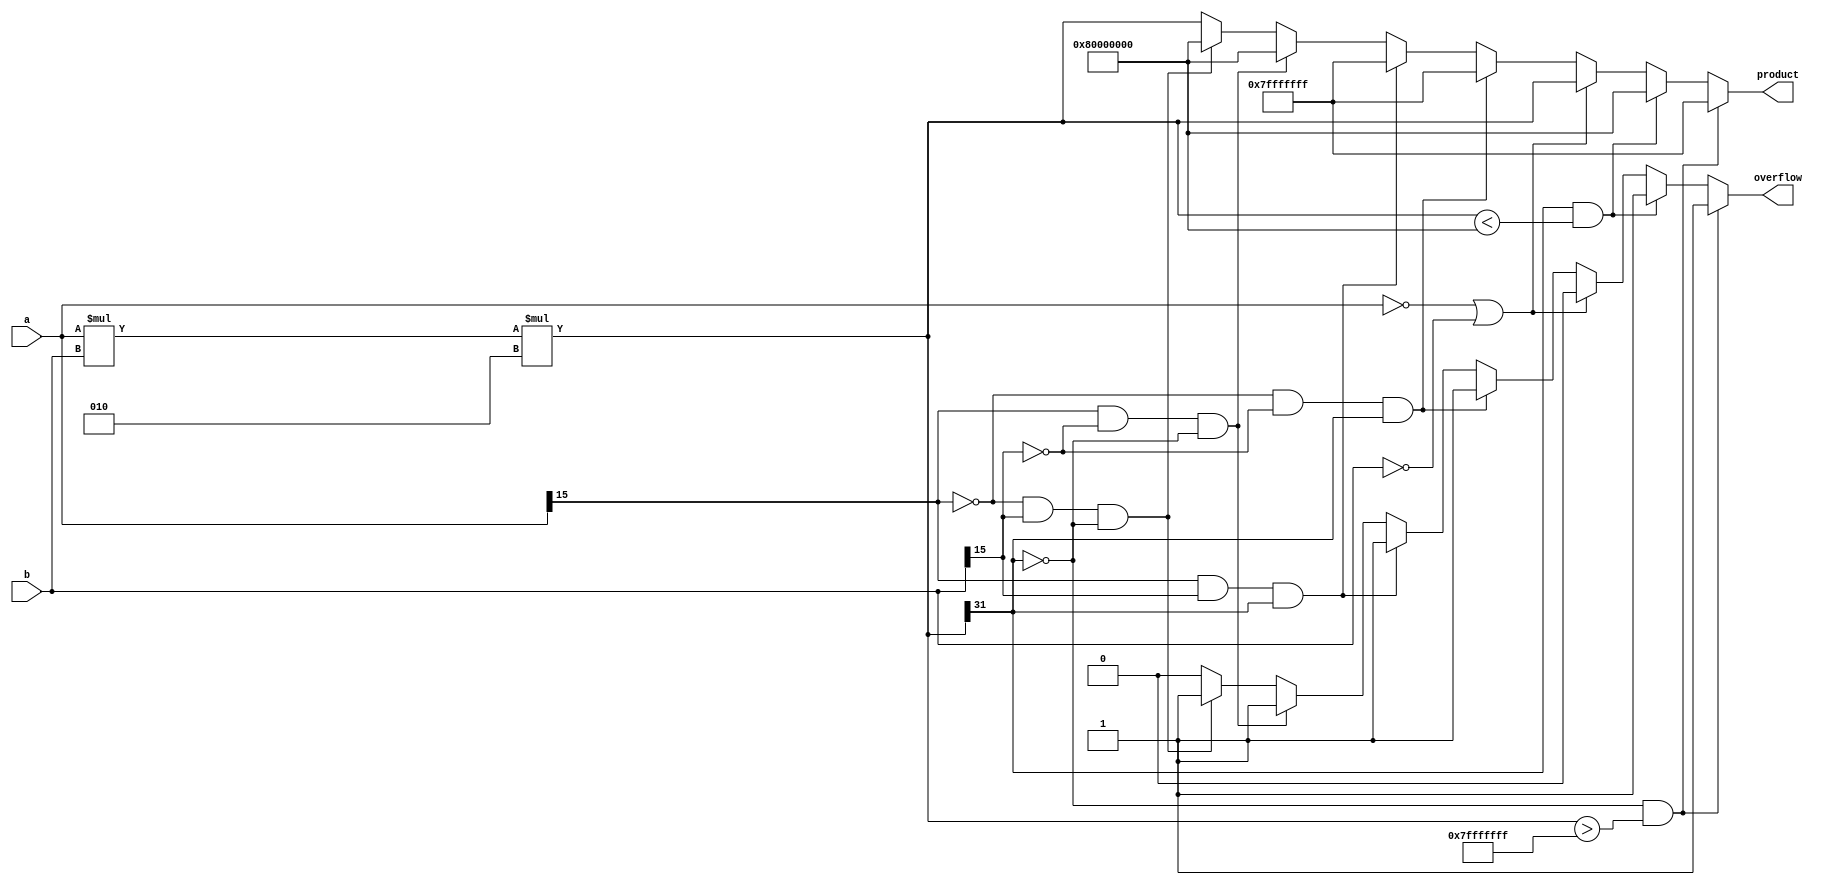
module L_mult(a,b,overflow,product);

input [15:0] a,b;
output reg overflow;
output [31:0] product;

reg signed [31:0] product;
wire signed [15:0] a,b;
wire signed[31:0] temp1,temp2;

parameter MIN_32 = 32'h8000_0000;
parameter MAX_32 = 32'h7fff_ffff;

assign temp1 = a*b;
assign temp2 = temp1*2;

always @(*)
begin
	overflow = 0;
	
	if((a == 0) || (b == 0))
		product = temp2;
	
	else if((a[15] == 0) && (b[15] == 0) && (temp2[31] == 1))
	begin
		product = 32'h7fff_ffff; //overflow pos*pos=neg NOT ALLOWED
		overflow = 1;
	end
	
	else if((a[15] == 1)  && (b[15] == 1) && (temp2[31] == 1))
	begin
		product = 32'h7fff_ffff; //overflow neg*neg=neg NOT ALLOWED
		overflow = 1;
	end
	
	else if((a[15] == 1) && (b[15] == 0) && (temp2[31] == 0))
   begin
		product = 32'h8000_0000; //overflow neg*pos=pos NOT ALLOWED
      overflow = 1;
	end
	
	else if((a[15] == 0) && (b[15] == 1) && (temp2[31] == 0)) 
	begin
		product = 32'h8000_0000; //overflow pos*neg=pos NOT ALLOWED
		overflow = 1;
	end
       
	else
		product = temp2;

	
	if((temp2[31] == 0) && (temp2 > MAX_32))
	begin
		product = MAX_32;
		overflow = 1;
	end

	else if((temp2[31] == 1) && (temp2<MIN_32))
	begin
		product = MIN_32;
		overflow = 1;
	end
		
end


endmodule